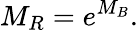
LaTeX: M_{R}=e^{M_{B}}.